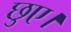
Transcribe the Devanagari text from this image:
छुए।